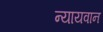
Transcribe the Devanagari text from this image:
न्यायवान